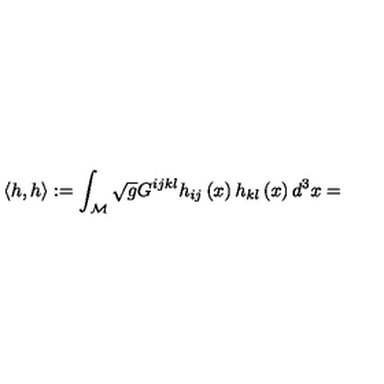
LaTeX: \left\langle h , h \right\rangle : = \int _ { { \cal M } } \sqrt { g } G ^ { i j k l } h _ { i j } \left( x \right) h _ { k l } \left( x \right) d ^ { 3 } x =